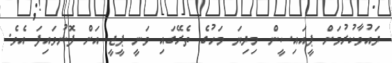
ދައުވާކުރުމަށް ޕީއައިސީން މިދިޔަ މަހުގެ ތެރޭގައި ވަނީ ޕީޖީ އަށް ފޮނުވައިފަ އެވެ.